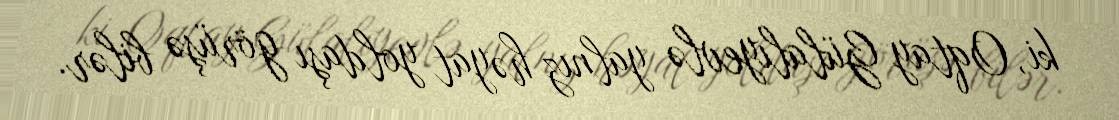
ki, Oqtay Gülalıyevlə yalnız həyat yoldaşı görüşə bilər.